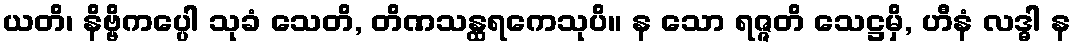
ယတိ၊ နိဗ္ဗိကပ္ပေါ သုခံ သေတိ, တိဏသန္ထရကေသုပိ။ န သော ရဇ္ဇတိ သေဋ္ဌမှိ, ဟီနံ လဒ္ဓါ န